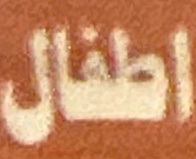
اطفال